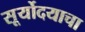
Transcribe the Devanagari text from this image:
सूर्योदयाचा